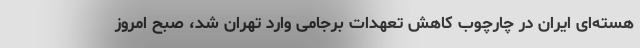
هسته‌ای ایران در چارچوب کاهش تعهدات برجامی وارد تهران شد، صبح امروز